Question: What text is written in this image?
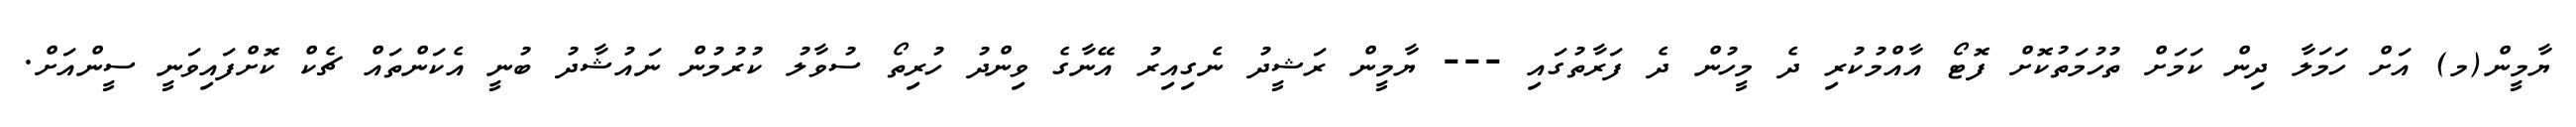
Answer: ޔާމީން(މ) އަށް ހަމަލާ ދިން ކަމަށް ތުހުމަތުކޮށް ފޮޓޯ އާއްމުކުރި ދެ މީހުން ދެ ފަރާތުގައި --- ޔާމީން ރަޝީދު ނެގިއިރު އޭނާގެ ވިންދު ހުރިތޯ ސުވާލު ކުރުމުން ނައުޝާދު ބުނީ އެކަންތައް ޗެކް ކޮށްފައިވަނީ ސީންއަށް.